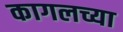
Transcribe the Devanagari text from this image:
कागलच्या